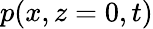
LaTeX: p(x,z=0,t)